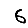
Digit: 6